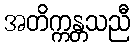
အတိက္ကန္တသညီ